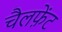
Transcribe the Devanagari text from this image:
चैलफ़ेंट